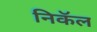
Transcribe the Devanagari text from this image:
निकॅल